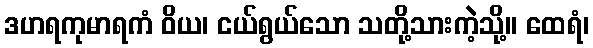
ဒဟရကုမာရကံ ဝိယ၊ ငယ်ရွယ်သော သတို့သားကဲ့သို့။ ထေရံ၊